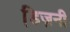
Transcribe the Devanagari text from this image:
डि़ज़नी